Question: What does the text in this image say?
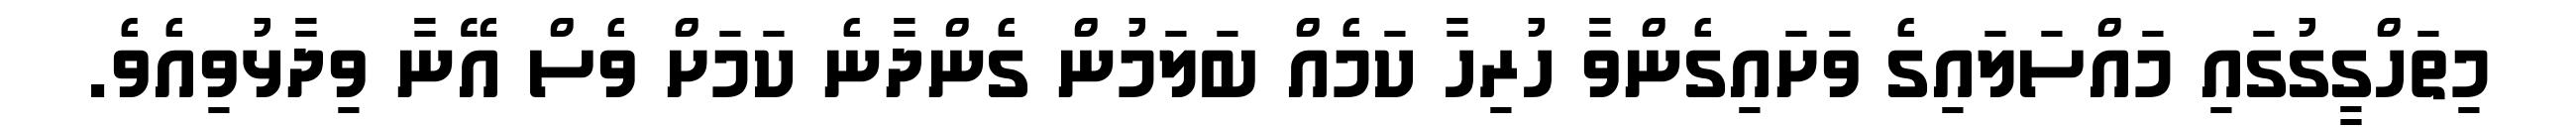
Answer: މިތަހްގީގުގައި މައްސަލައިގެ ވަށައިގެންވާ ހުރިހާ ކަމެއް ބަލަމުން ގެންދާނެ ކަމަށް ވެސް އޭނާ ވިދާޅުވިއެވެ.